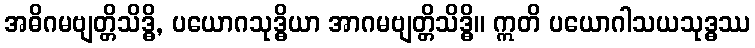
အဓိဂမဗျတ္တိသိဒ္ဓိ, ပယောဂသုဒ္ဓိယာ အာဂမဗျတ္တိသိဒ္ဓိ။ ဣတိ ပယောဂါသယသုဒ္ဓဿ